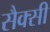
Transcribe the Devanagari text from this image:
सैक्सी